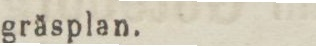
gräsplan.